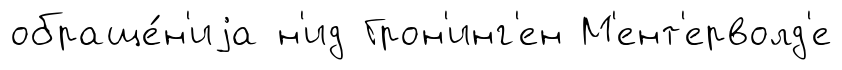
обраще́н'иjа н'ид Грон'инг'ен М'ент'ерволд'е